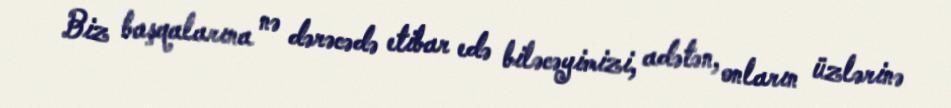
Biz başqalarına nə dərəcədə etibar edə biləcəyimizi, adətən, onların üzlərinə